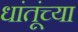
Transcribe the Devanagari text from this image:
धांतूंच्या